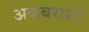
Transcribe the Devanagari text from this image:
अकबराशी